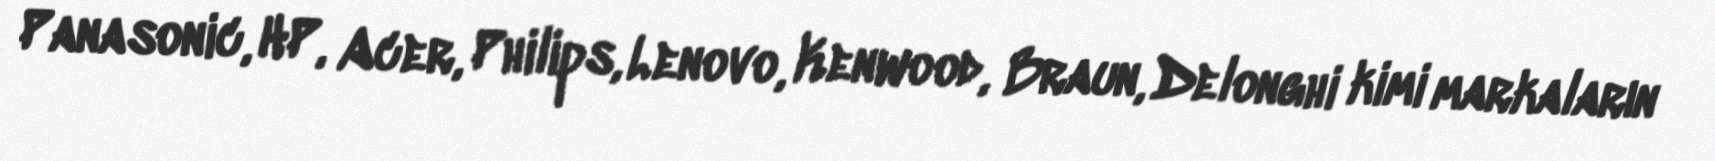
Panasonic, HP, Acer, Philips, Lenovo, Kenwood, Braun, Delonghi kimi markaların